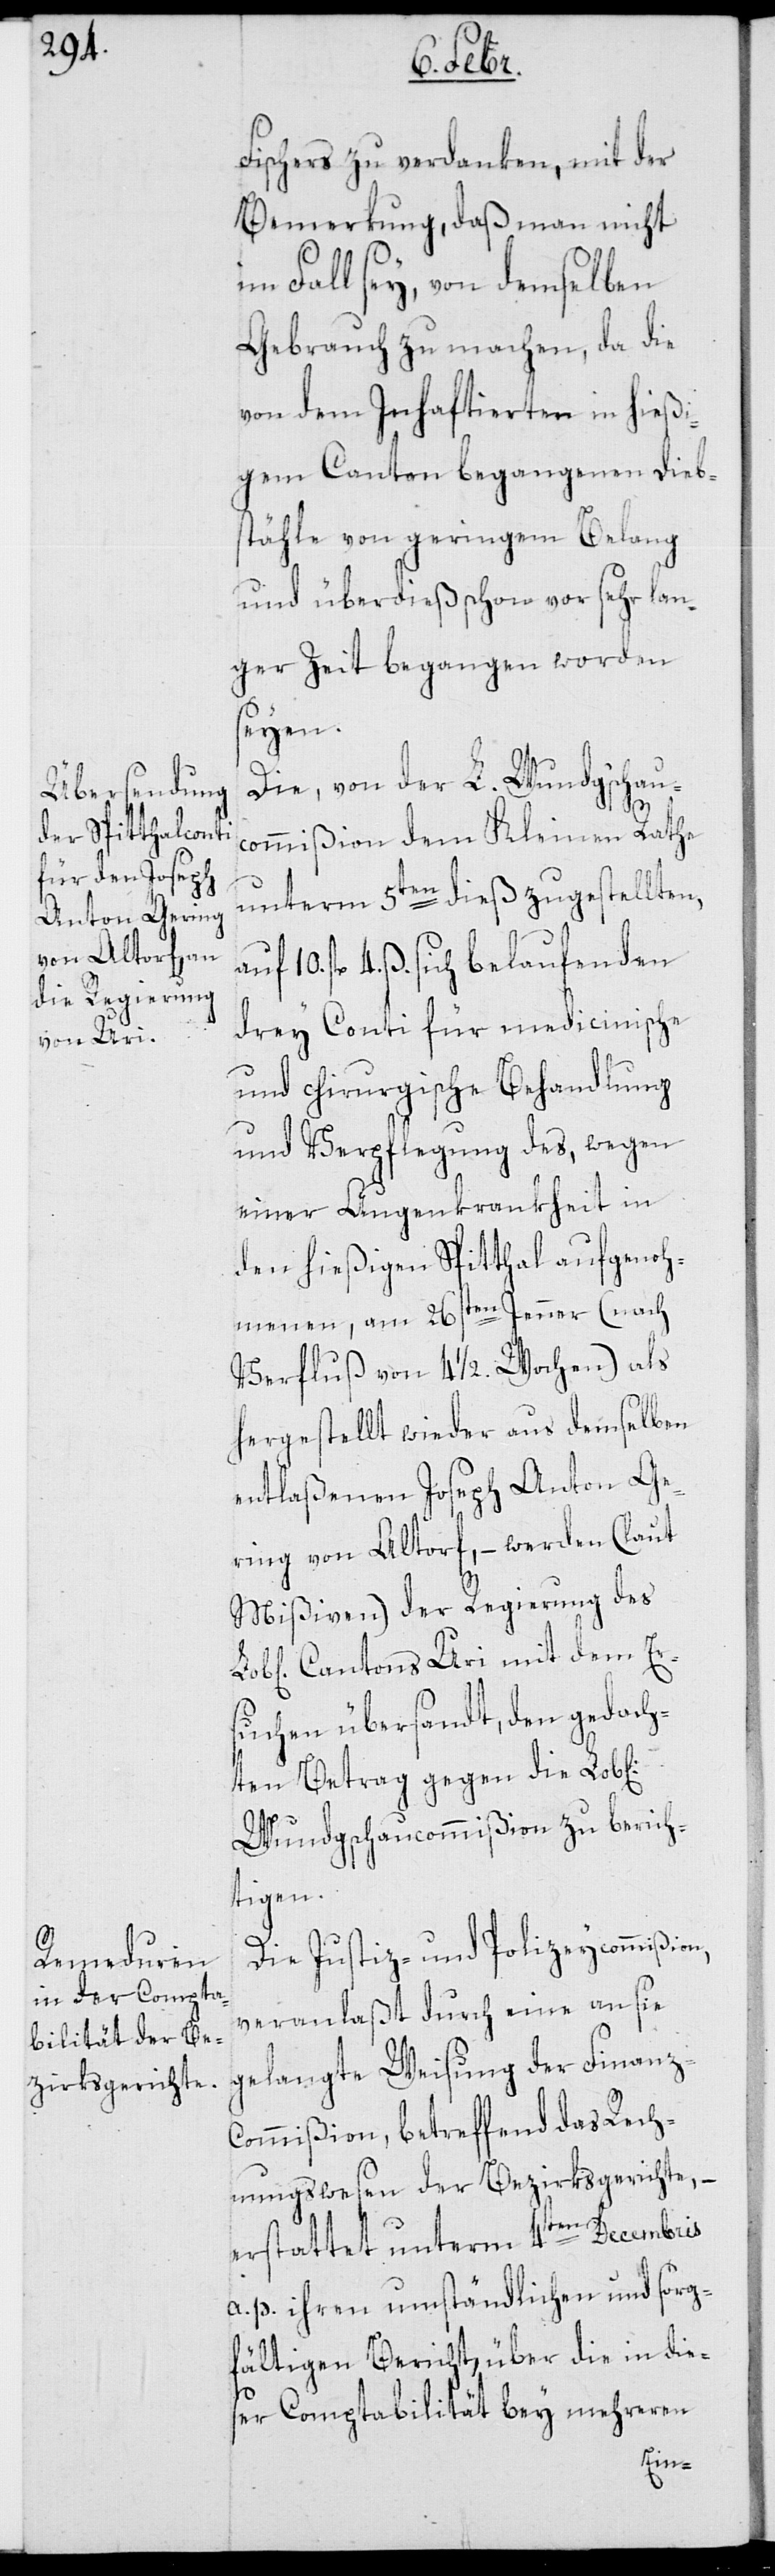
Fischers zu verdanken, mit der
Bemerkung, daß man nicht
im Fall sey, von demselben
Gebrauch zu machen, da die
von dem Inhaftierten in hießi¬
gem Canton begangenen Dieb¬
stähle von geringem Belang
und überdieß schon vor sehr lan¬
ger Zeit begangen worden
seyen.
Die, von der L. Wundg’schau¬
commißion dem Kleinen Rathe
unterm 5ten dieß zugestellten,
fl. 4. ß sich belaufenden
drey Conti für medicinische
und chirurgische Behandlung
und Verpflegung des, wegen
einer Augenkrankheit in
den hießigen Spitthal aufgenoh¬
menen, am 26sten Jenner (nach
Verfluß von 4 1/2 Wochen) als
hergestellt wieder aus demselben
entlaßenen Joseph Anton Ge¬
ring von Altorf, – werden (laut
Mißiven) der Regierung des
Cantons Uri mit dem Er¬
suchen übersandt, den gedach¬
ten Betrag gegen die Lob[l¬
Wundgschaucommißion zu berich¬
tigen.
Die Justiz- und Polizeycommißion,
veranlaßt durch eine an sie
gelangte Weisung der Finanz-C¬
ommißion, betreffend das Rech¬
nungswesen der Bezirksgerichte, –
erstattet unterm 4ten Decembris
a. p. ihren umständlichen und sorg¬
fältigen Bericht, über die in dies¬
er Comptabilität bey mehreren
iche]